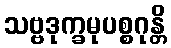
သဗ္ဗဒုက္ခမုပစ္စဂုန္တိ